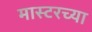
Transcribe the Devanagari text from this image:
मास्टरच्या